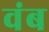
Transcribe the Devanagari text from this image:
वंब